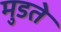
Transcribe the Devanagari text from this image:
मुडते